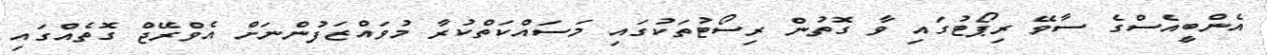
އެންބީއެސްގެ ސާވޭ ރިޕޯޓުގައި ވާ ގޮތުން ރިސޯޓުތަކުގައި މަސައްކަތްކުރާ މުވައްޒަފުންނަށް އެވްރޭޖް ގޮތެއްގައި